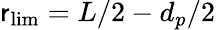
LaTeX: \mathsf{r}_{\mathrm{{lim}}}=L/2-d_{p}/2